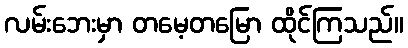
လမ်းဘေးမှာ တမေ့တမြော ထိုင်ကြသည်။